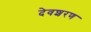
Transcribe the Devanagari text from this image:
देवशरण